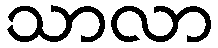
သာလာ